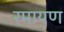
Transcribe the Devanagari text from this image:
रमायण